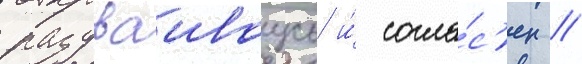
раздваиваусь и́ согла́с'ен /